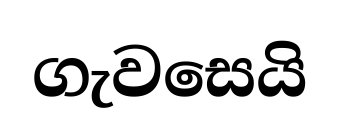
ගැවසෙයි